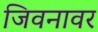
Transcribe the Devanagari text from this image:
जिवनावर